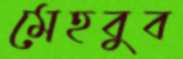
মেহবুব